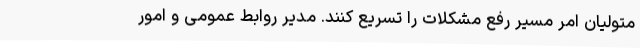
متولیان امر مسیر رفع مشکلات را تسریع کنند. مدیر روابط عمومی و امور